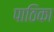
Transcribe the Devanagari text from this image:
पाठिका